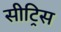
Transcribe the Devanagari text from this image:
सीट्रिस